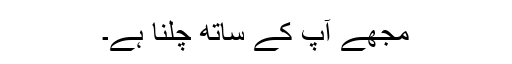
مجھے آپ کے ساتھ چلنا ہے۔